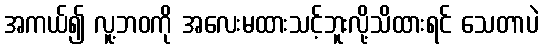
အကယ်၍ လူ့ဘဝကို အလေးမထားသင့်ဘူးလို့သိထားရင် သေတာပဲ